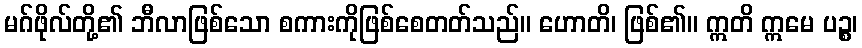
မဂ်ဖိုလ်တို့၏ ဘီလာဖြစ်သော စကားကိုဖြစ်စေတတ်သည်။ ဟောတိ၊ ဖြစ်၏။ ဣတိ ဣမေ ပဉ္စ၊